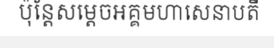
ប៉ុន្តែសម្តេចអគ្គមហាសេនាបតី